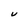
Character: U